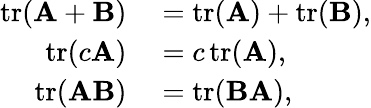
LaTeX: \begin{array}{rl}{\operatorname{tr}(\mathbf{A}+\mathbf{B})}&{{}=\operatorname{tr}(\mathbf{A})+\operatorname{tr}(\mathbf{B}),}\\ {\operatorname{tr}(c\mathbf{A})}&{{}=c\operatorname{tr}(\mathbf{A}),}\\ {\operatorname{tr}(\mathbf{A}\mathbf{B})}&{{}=\operatorname{tr}(\mathbf{B}\mathbf{A}),}\end{array}